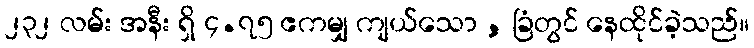
၂၃၂ လမ်း အနီး ရှိ ၄.၇၅ ဧကမျှ ကျယ်သော , ခြံတွင် နေထိုင်ခဲ့သည်။